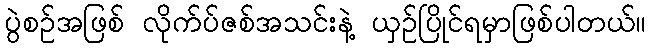
ပွဲစဉ်အဖြစ် လိုက်ပ်ဇစ်အသင်းနဲ့ ယှဉ်ပြိုင်ရမှာဖြစ်ပါတယ်။